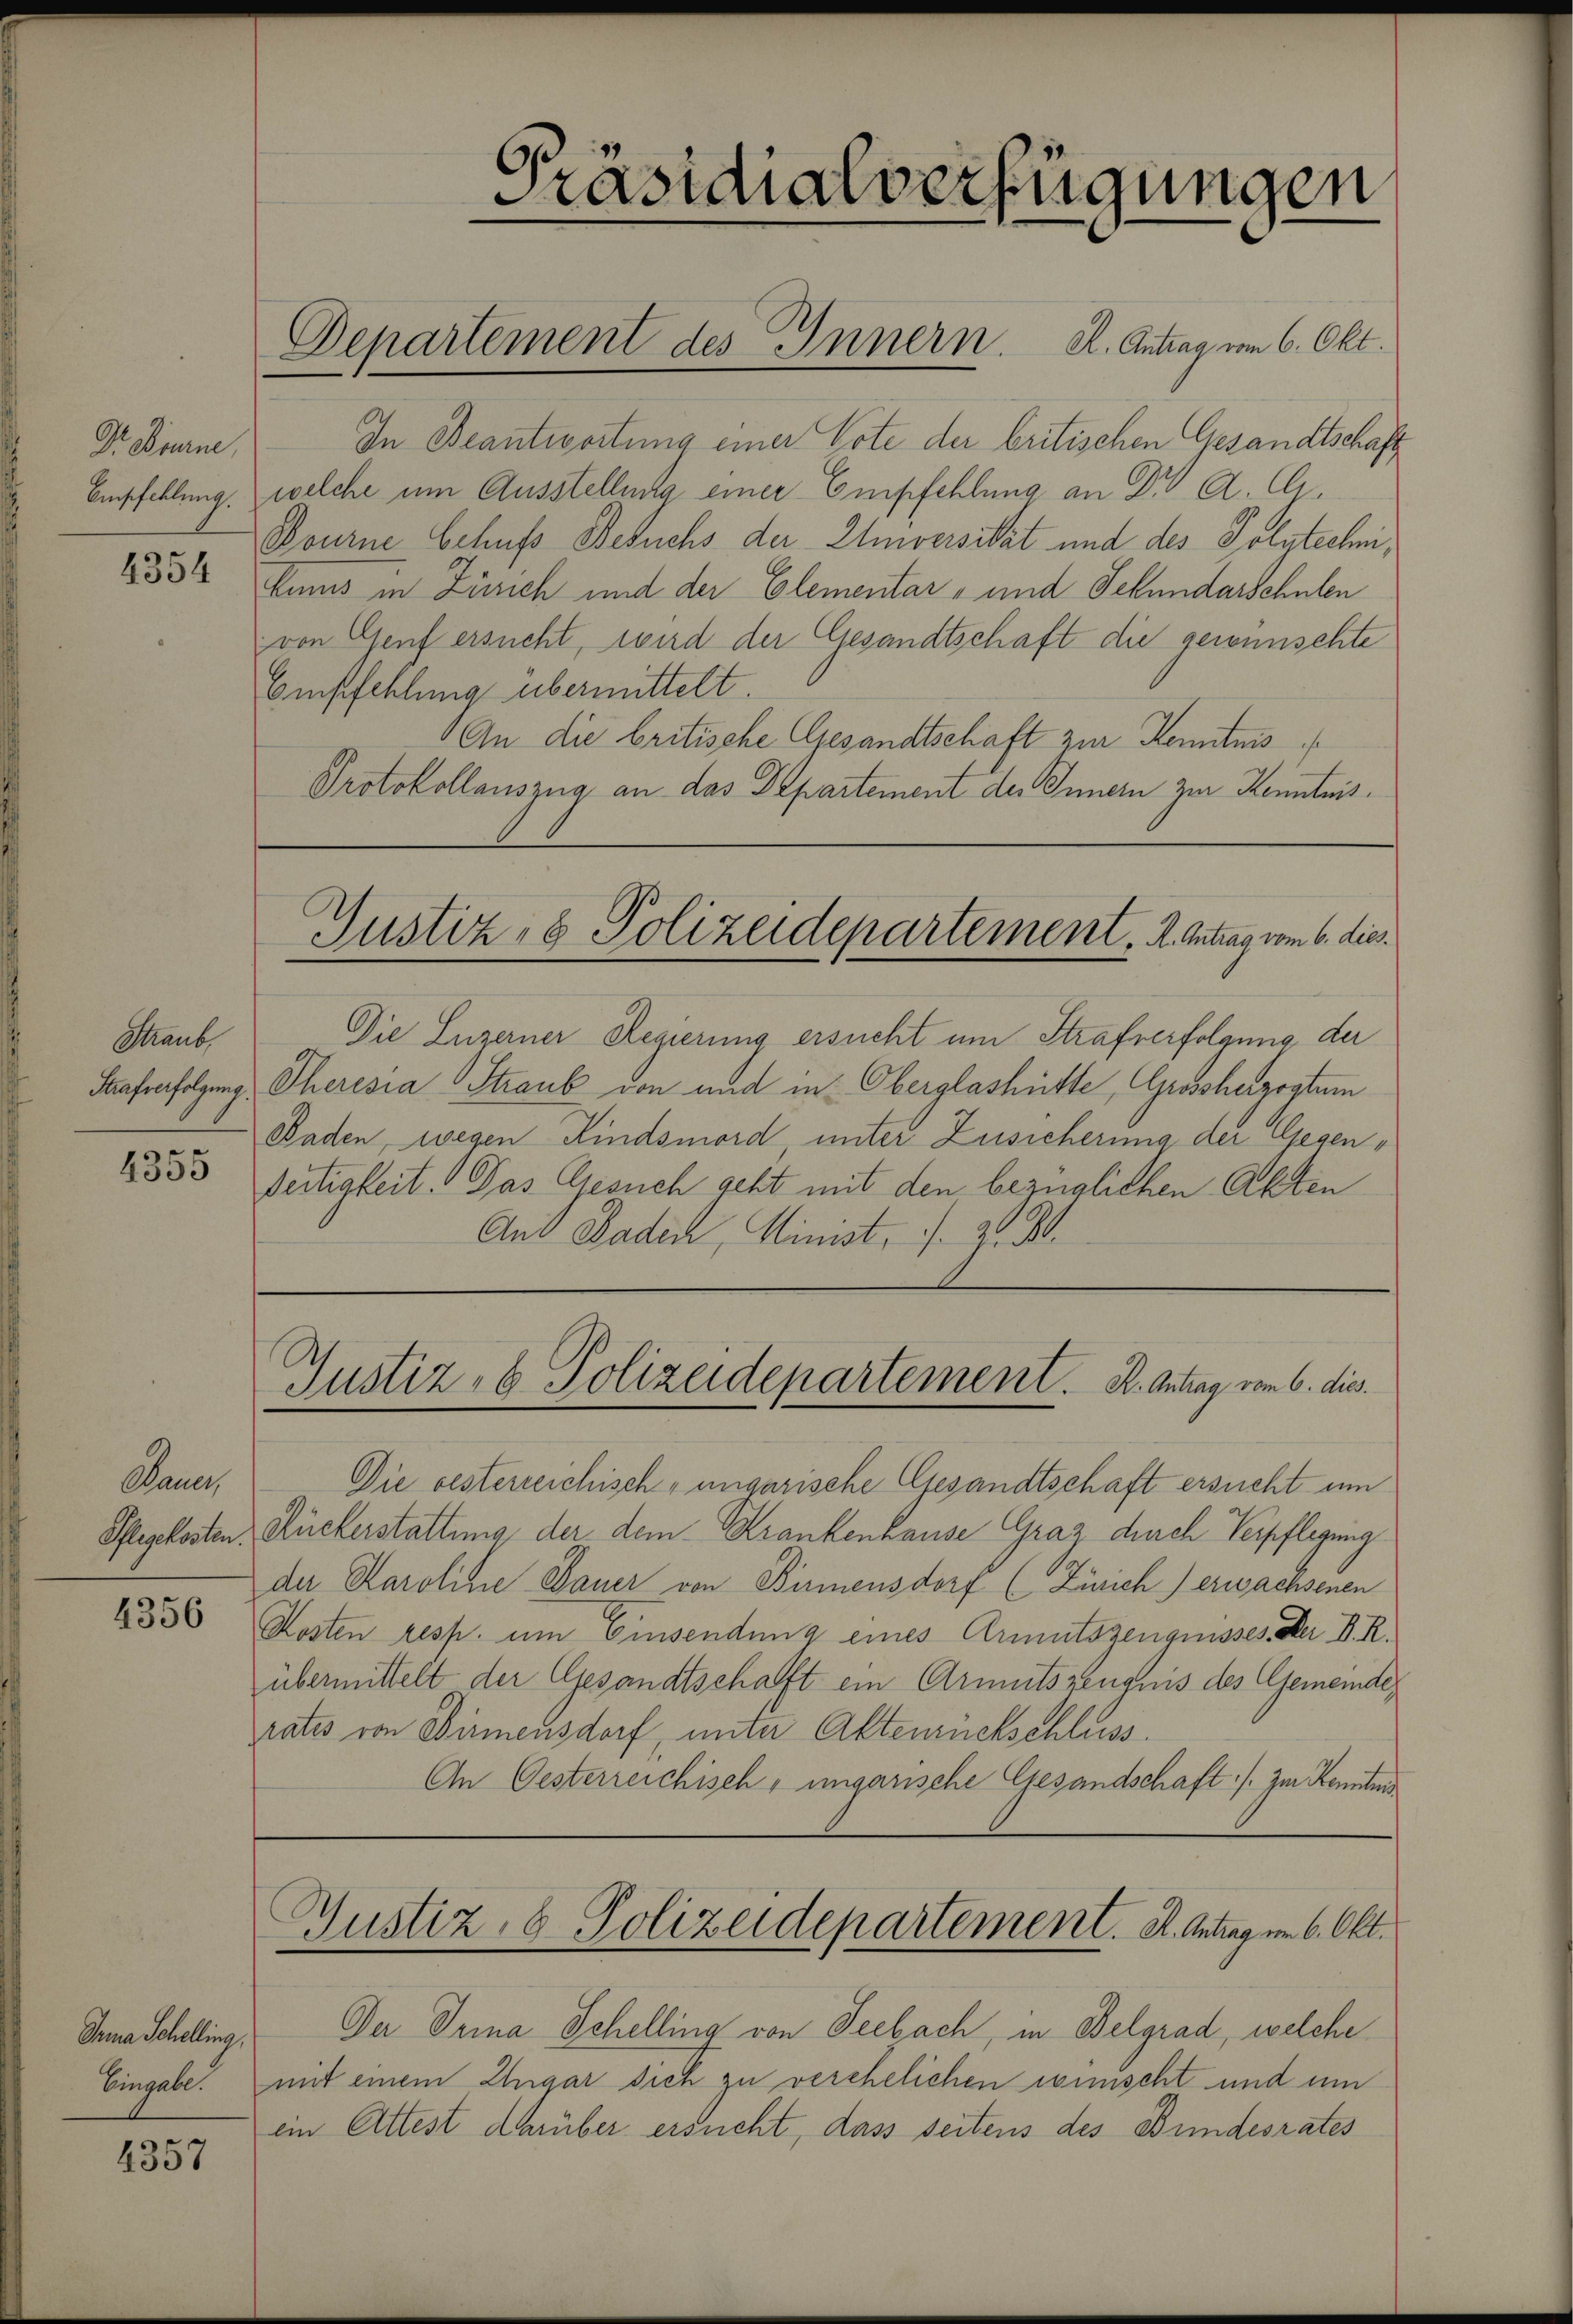
Dr Bourne,
Empfehlung.

4354

Staub
4355

Dann
Pflegekosten.

4356

Inna Schelling,
Eingabe.

4357

Präsidialverfügungen

In Beantwortung einer Vote der britischen Gesandtschaft
welche um Ausstellung einer Empfehlung an Dr A. A¬
Bourne behufs Besuchs der Einversität und des Polytechni,
kums in Zürich und der Elementar, und Sekundarschulen
von Genf ersucht, wird der Gesandtschaft die gewünschte
Empfehlung übermittelt.
An die britische Gesandtschaft zur Kenntnis
Protokollauszug an das Departement des Innern zur Kenntnis¬
Justiz- & Polizeidepartement. A. Antrag vom 6. dies
Die Luzerner Regierung ersucht um Strafverfolgung der
Strafverfolgung, Theresia Straub von und in Oberglashütte, Grossherzogtum
Baden, wegen Kindsmord, unter Zusicherung der Gegen¬
Fertigkeit. Das Gesuch geht mit den bezüglichen Akten
Ans Baden, Minist, s. Z. B.

Departement des Innern. K. Antrag vom 6. Okt.

Justiz- & Polizeidepartement. K. Antrag vom 6. dies

Die besterreichisch-ungarische Gesandtschaft ersucht um
Rückerstattung der dem Krankenhause Graz durch Verpflegung
der Karoline Dauer von Birmensdorf (Zürich) erwachsenen
Kosten resp. um Einsendung eines Armutszeugnisses. Der D. R.
übermittelt der Gesandtschafft ein Armutszeugnis des Gemeinderates von Birmensdorf, unter Aktenrückschluss.
An Oesterreichisch, ungarische Gesandschaft :/ zur Kenntnis
Gustiz, 8 Polizeidepartement. K. Antrag im 6. Okt.
Der Drina Schelling von Seebach, in Belgrad, welche
mit einem Ungar sich zu verehelichen wünscht und um
ein Attest darüber ersucht, dass seitens des Bundesrates